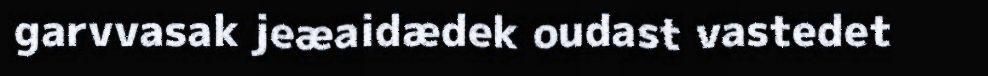
garvvasak jeæaidædek oudast vastedet